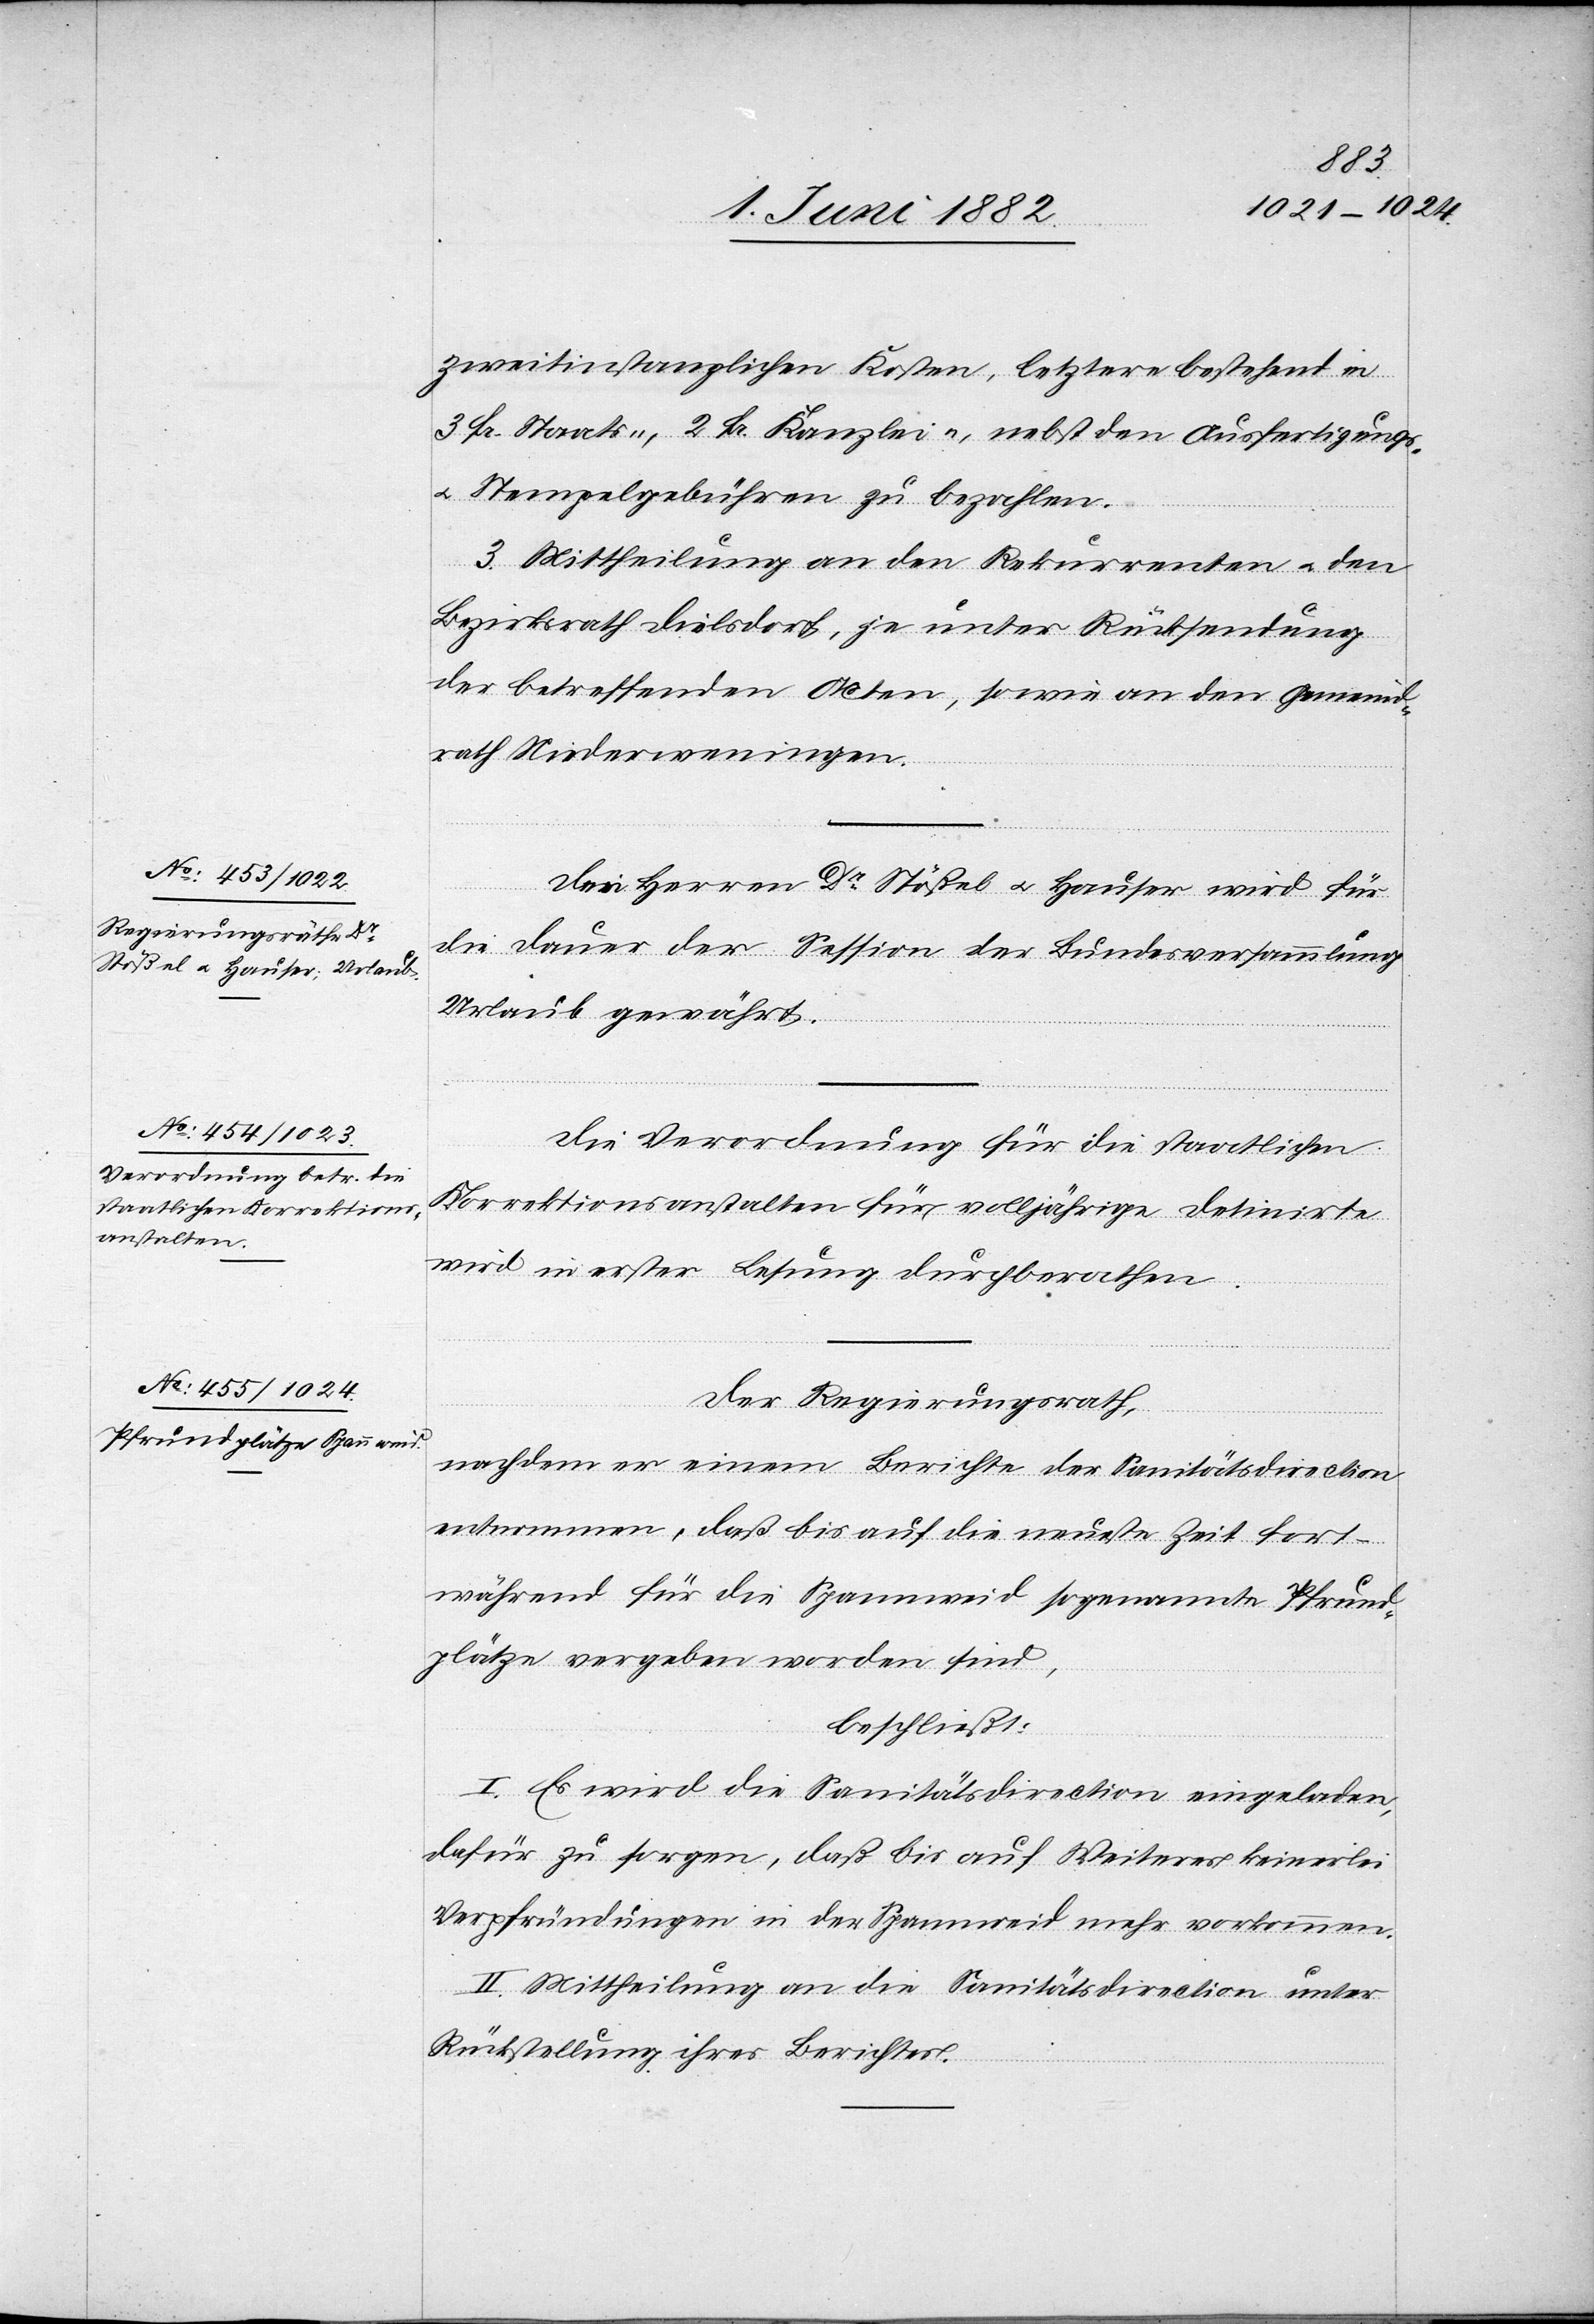
zweitinstanzlichen Kosten, letztere bestehend in
3 Fr. Staats-, 2 Fr. Kanzlei-, nebst den Ausfertigungs-
u. Stempelgebühren zu bezahlen.
3. Mittheilung an den Rekurrenten u. den
Bezirksrath Dielsdorf, je unter Rücksendung
der betreffenden Acten, sowie an den Gemeind¬
rath Niederweningen.
Die Herren Dr Stößel u. Hauser wird für
die Dauer der Session der Bundesversammlung
Urlaub gewährt.
Die Verordnung für die staatlichen
Korrektionsanstalten für volljährige Detinirte
wird in erster Lesung durchberathen.
Der Regierungsrath,
nachdem er einem Berichte der Sanitätsdirection
entnommen, daß bis auf die neueste Zeit fort¬
während für die Spannweid sogenannte Pfrund¬
plätze vergeben worden sind,
beschließt:
I. Es wird die Sanitätsdirection eingeladen,
dafür zu sorgen, daß bis auf Weiteres keinerlei
Verpfründungen in der Spannweid mehr vorkommen.
II. Mittheilung an die Sanitätsdirection unter
Rückstellung ihres Berichtes.